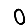
Digit: 0